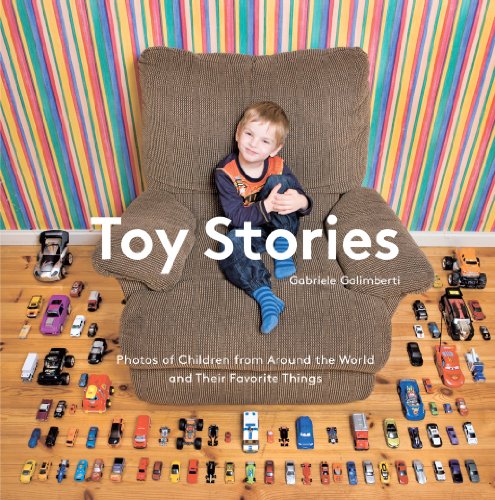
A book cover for Toy Stories: Photos of Children from Around the World and Their Favorite Things; Gabriele Galimberti; Arts & Photography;